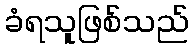
ခံရသူဖြစ်သည်